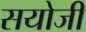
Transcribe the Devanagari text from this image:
सयोजी